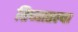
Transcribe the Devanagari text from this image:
तिच्यातल्या